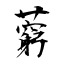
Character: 藭